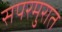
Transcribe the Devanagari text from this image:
सपरमुरात